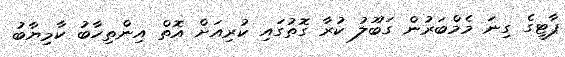
ޕާޓީގެ ގިނަ މެމްބަރުން ގަބޫލު ކުރާ ގޮތުގައި ކުރިއަށް އޮތް އިންތިހާބު ކާމިޔާބު